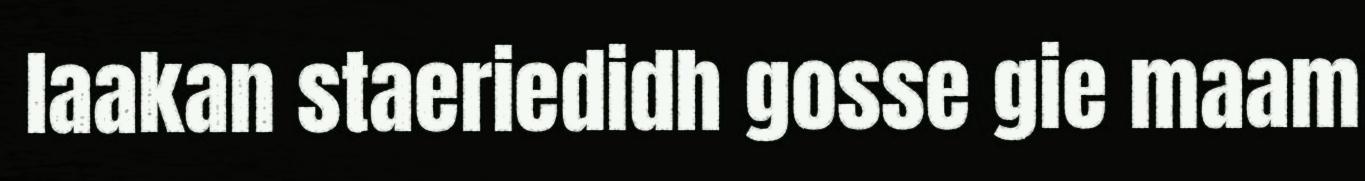
laakan staeriedidh gosse gie maam